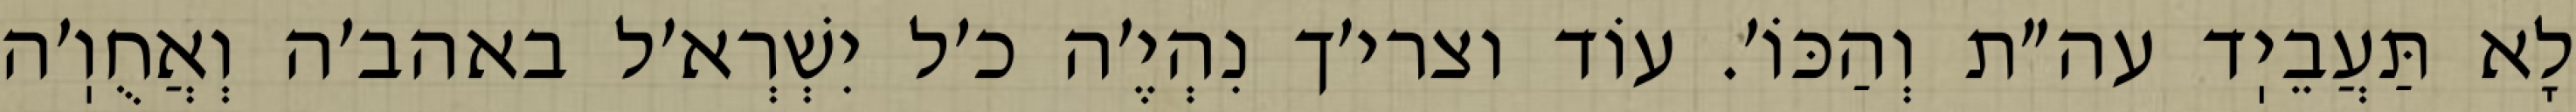
לָא תַּעֲבֵיֽד עה״ת וְהַכּוֹ׳. עוֹד וצרי׳ך נִהְיֶ׳ה כ׳ל יִשְׁרְא׳ל באהב׳ה וְאֲחֻוֽ׳ה